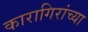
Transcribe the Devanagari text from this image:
कारागिरांच्या